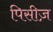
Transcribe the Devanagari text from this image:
पिसीज़